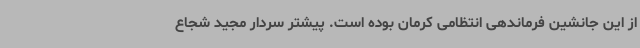
از این جانشین فرماندهی انتظامی کرمان بوده است. پیشتر سردار مجید شجاع